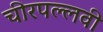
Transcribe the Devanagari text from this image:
चीरपल्लवी